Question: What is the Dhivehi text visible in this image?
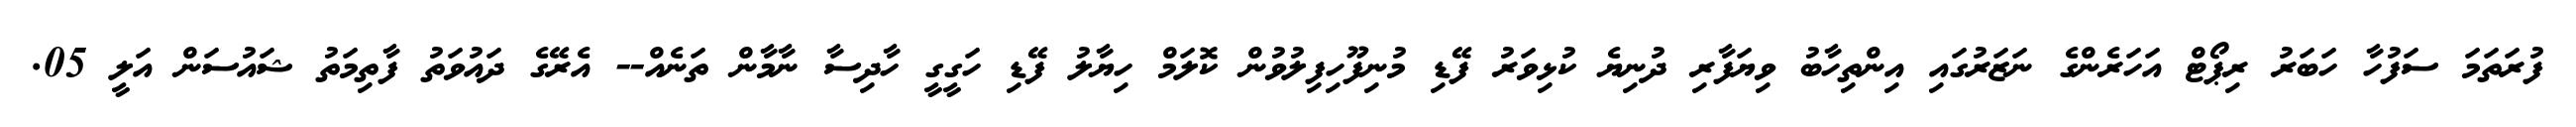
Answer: ފުރަތަމަ ސަފުހާ ހަބަރު ރިޕޯޓް އަހަރެންގެ ނަޒަރުގައި އިންތިހާބު ވިޔަފާރި ދުނިޔެ ކުޅިވަރު ފޭޑި މުނިފޫހިފިލުވުން ކޮލަމް ހިޔާލު ފޭޑި ހަގީގީ ހާދިސާ ނާމާން ތަނެއް-- އެރޭގެ ދައުވަތު ފާތިމަތު ޝައުސަން އަލީ 05.